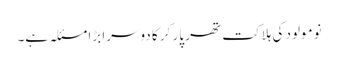
نومولود کی ہلاکت تھر پار کر کا دوسرا بڑا مسئلہ ہے۔